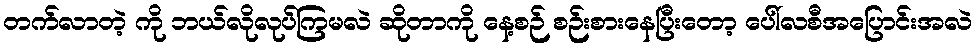
တက်လာတဲ့ ကို ဘယ်လိုလုပ်ကြမလဲ ဆိုတာကို နေ့စဉ် စဉ်းစားနေပြီးတော့ ပေါ်လစီအပြောင်းအလဲ